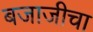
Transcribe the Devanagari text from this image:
बजाजीचा